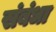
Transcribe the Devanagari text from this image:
संबंधा